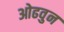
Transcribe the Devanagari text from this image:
ओढवुन